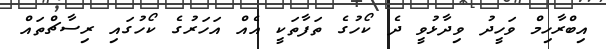
އިބްރާހިމް ވަހީދު ވިދާޅުވީ ދެ ކޯހުގެ ތަފާތަކީ އެއް އަހަރުގެ ކޯހުގައި ރިސާޗްތައް